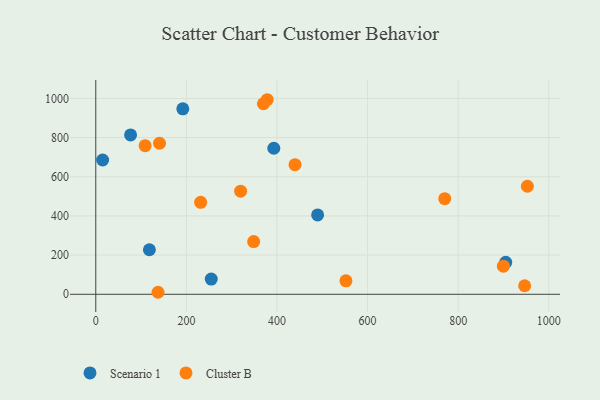
{"axis": {"x": "Study Hours", "y": "Demand"}, "legend": ["Cluster B", "Scenario 1"], "data": [{"x": "76.8", "y": 813.5, "type": "Scenario 1"}, {"x": "904.9", "y": 163.4, "type": "Scenario 1"}, {"x": "254.9", "y": 77.6, "type": "Scenario 1"}, {"x": "489.7", "y": 405.2, "type": "Scenario 1"}, {"x": "15.1", "y": 685.5, "type": "Scenario 1"}, {"x": "192.1", "y": 946.8, "type": "Scenario 1"}, {"x": "393.0", "y": 745.6, "type": "Scenario 1"}, {"x": "118.3", "y": 227.3, "type": "Scenario 1"}, {"x": "946.7", "y": 43.7, "type": "Cluster B"}, {"x": "319.7", "y": 526.3, "type": "Cluster B"}, {"x": "952.7", "y": 551.6, "type": "Cluster B"}, {"x": "899.7", "y": 143.6, "type": "Cluster B"}, {"x": "348.5", "y": 269.0, "type": "Cluster B"}, {"x": "140.7", "y": 770.9, "type": "Cluster B"}, {"x": "370.0", "y": 972.6, "type": "Cluster B"}, {"x": "552.2", "y": 69.0, "type": "Cluster B"}, {"x": "231.5", "y": 469.4, "type": "Cluster B"}, {"x": "378.4", "y": 993.2, "type": "Cluster B"}, {"x": "770.3", "y": 488.3, "type": "Cluster B"}, {"x": "108.9", "y": 758.8, "type": "Cluster B"}, {"x": "137.4", "y": 10.3, "type": "Cluster B"}, {"x": "439.8", "y": 661.6, "type": "Cluster B"}]}